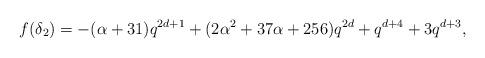
LaTeX: \begin{align*}f(\delta_2)&=-(\alpha+31)q^{2d+1}+(2\alpha^2+37\alpha+256)q^{2d}+q^{d+4}+3q^{d+3},\end{align*}